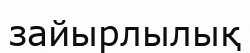
зайырлылық